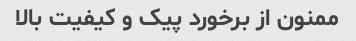
ممنون از برخورد پیک و کیفیت بالا